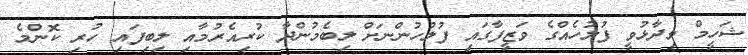
ޝަހީމް ވިދާޅުވީ ފުލުހެއްގެ ވަޒީފާގައި ފުލުހުންނަށް ލިބެމުންދާ ކުރިއެރުމާއި ލިބިފައި ހުރި ކޮންމެ